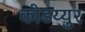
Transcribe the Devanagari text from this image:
कोडय्युर